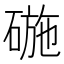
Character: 𮵗